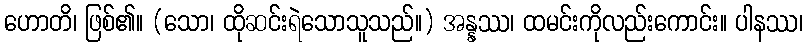
ဟောတိ၊ ဖြစ်၏။ (သော၊ ထိုဆင်းရဲသောသူသည်။) အန္နဿ၊ ထမင်းကိုလည်းကောင်း။ ပါနဿ၊